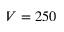
V = 2 5 0